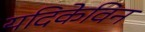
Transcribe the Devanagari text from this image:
यदिकेविन